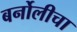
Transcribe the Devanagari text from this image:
बर्नोलीचा